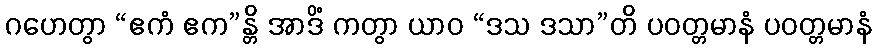
ဂဟေတွာ “ဧကံ ဧက”န္တိ အာဒိံ ကတွာ ယာဝ “ဒသ ဒသာ”တိ ပဝတ္တမာနံ ပဝတ္တမာနံ